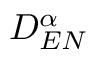
D _ { E N } ^ { \alpha }